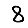
Digit: 8